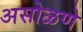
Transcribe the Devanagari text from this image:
असोळणे